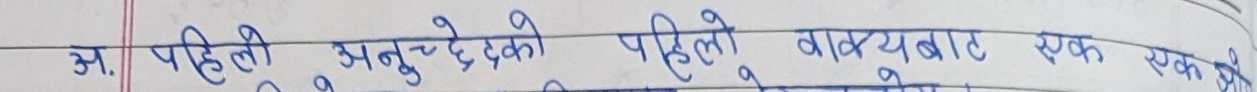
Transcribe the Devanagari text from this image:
अ. पहिली अनुच्छेदको पहिलो वाक्यबाट एक एक